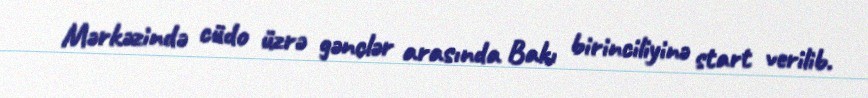
Mərkəzində cüdo üzrə gənclər arasında Bakı birinciliyinə start verilib.